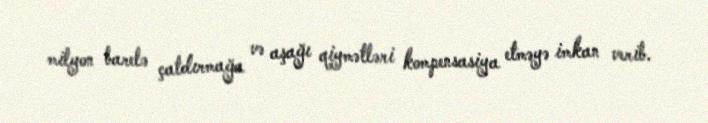
milyon barelə çatdırmağa və aşağı qiymətləri kompensasiya etməyə imkan verib.